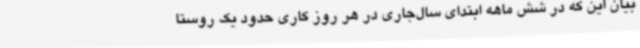
بیان این که در شش ماهه ابتدای سال‌جاری در هر روز کاری حدود یک روستا